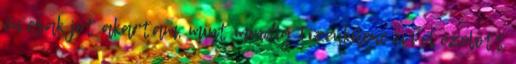
én csak jót akartam, mint mindig Tizenkilenc évvel ezelőtt